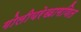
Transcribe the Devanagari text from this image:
गोलीयरेखागणित